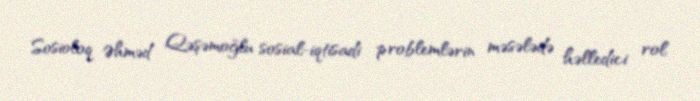
Sosioloq Əhməd Qəşəmoğlu sosial-iqtisadi problemlərin məsələdə həlledici rol